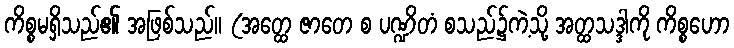
ကိစ္စမရှိသည်၏ အဖြစ်သည်။ (အတ္ထေ ဇာတေ စ ပဏ္ဍိတံ စသည်၌ကဲ့သို့ အတ္ထသဒ္ဒါကို ကိစ္စဟော